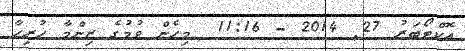
އޮކްޓޯބަރު 27